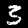
Digit: 3